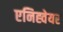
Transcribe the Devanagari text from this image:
एनिह्वेयर